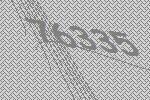
76335